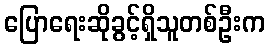
ပြောရေးဆိုခွင့်ရှိသူတစ်ဦးက